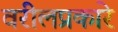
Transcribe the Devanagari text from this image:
वरीलप्रकारे